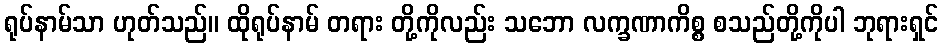
ရုပ်နာမ်သာ ဟုတ်သည်။ ထိုရုပ်နာမ် တရား တို့ကိုလည်း သဘော လက္ခဏာကိစ္စ စသည်တို့ကိုပါ ဘုရားရှင်